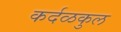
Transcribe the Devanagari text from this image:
कर्दळकुल